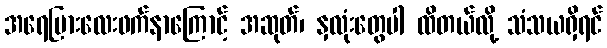
အရေပြားလေးဖက်နာကြောင့် အဆုတ်၊ နှလုံးတွေပါ ထိတယ်လို့ သံသယရှိရင်